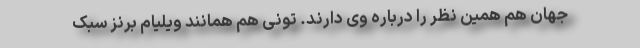
جهان هم همین نظر را درباره وی دارند. تونی هم همانند ویلیام برنز سبک